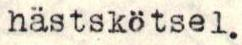
hästskötsel.